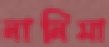
নানিমা